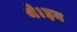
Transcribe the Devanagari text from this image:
थे।इन